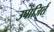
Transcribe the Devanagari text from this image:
उपाजिर्त